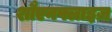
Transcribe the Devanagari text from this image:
शौएनफ्लाइज़